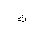
Letter: _tha